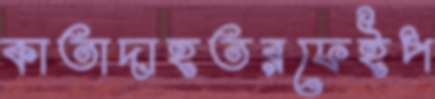
কাতাদাহতরফেইপ